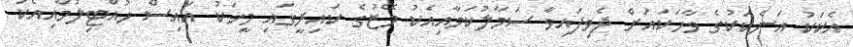
އެކަކު އަނެކަކުގެ ވާހަކައަށް ދެވިފައިވާ ސަމާލުކަމާއިއެކު މޭޒުގެ ކައިރީގައި މީހަކު އައިސް ހުއްޓިލުމާއިއެކު